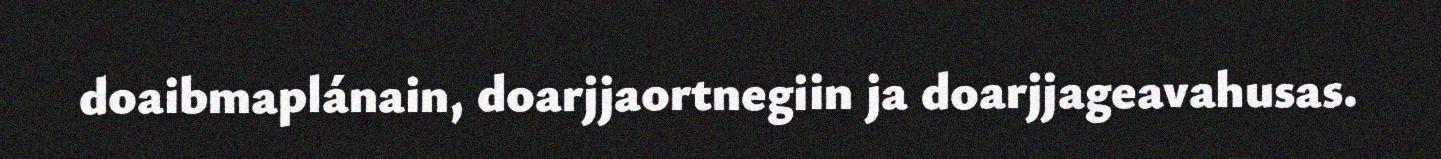
doaibmaplánain, doarjjaortnegiin ja doarjjageavahusas.